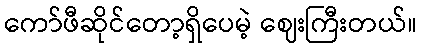
ကော်ဖီဆိုင်တော့ရှိပေမဲ့ ဈေးကြီးတယ်။